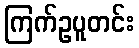
ကြက်ဥပူတင်း